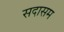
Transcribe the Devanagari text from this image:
सदासम